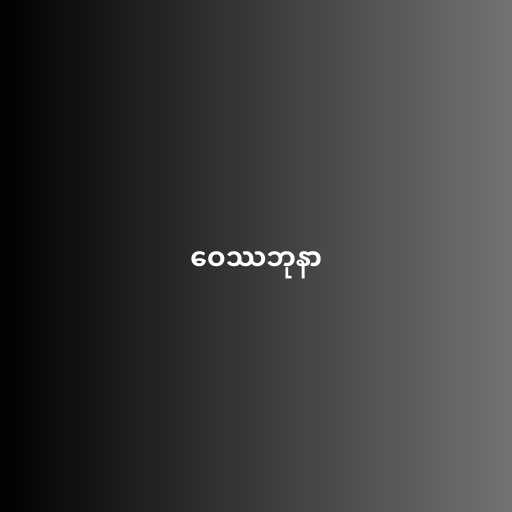
ဝေဿဘုနာ